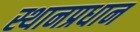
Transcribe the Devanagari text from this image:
स्थानप्रधान